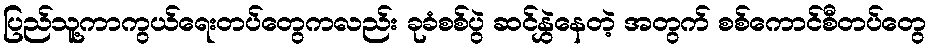
ပြည်သူ့ကာကွယ်ရေးတပ်တွေကလည်း ခုခံစစ်ပွဲ ဆင်နွှဲနေတဲ့ အတွက် စစ်ကောင်စီတပ်တွေ